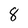
Character: 8